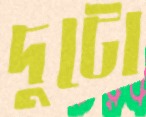
দুটো